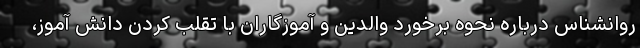
روانشناس درباره نحوه برخورد والدین و آموزگاران با تقلب کردن دانش آموز،